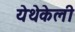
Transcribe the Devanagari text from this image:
येथेकेली